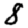
Digit: 8